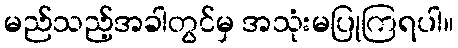
မည်သည့်အခါတွင်မှ အသုံးမပြုကြရပါ။